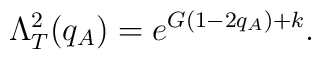
\Lambda^2_{T}(q_A)    = e^{G(1-2q_A) + k} .